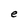
Character: e